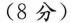
(8分)